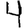
Digit: 4